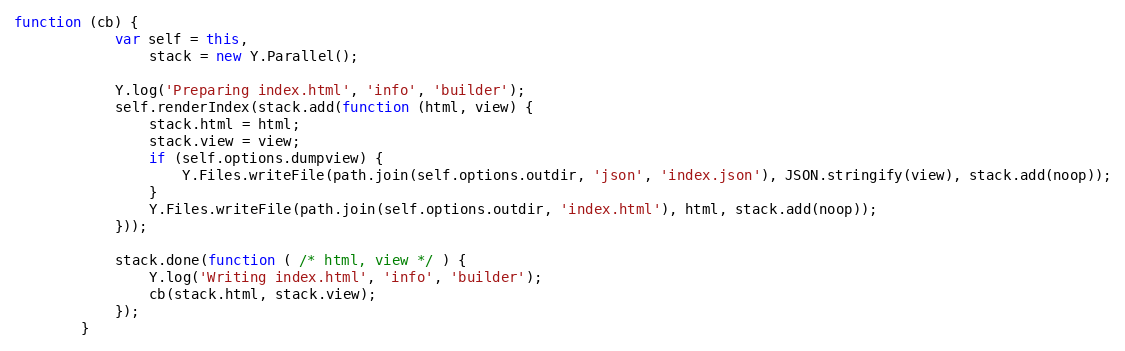
Language: JavaScript
function (cb) {
            var self = this,
                stack = new Y.Parallel();

            Y.log('Preparing index.html', 'info', 'builder');
            self.renderIndex(stack.add(function (html, view) {
                stack.html = html;
                stack.view = view;
                if (self.options.dumpview) {
                    Y.Files.writeFile(path.join(self.options.outdir, 'json', 'index.json'), JSON.stringify(view), stack.add(noop));
                }
                Y.Files.writeFile(path.join(self.options.outdir, 'index.html'), html, stack.add(noop));
            }));

            stack.done(function ( /* html, view */ ) {
                Y.log('Writing index.html', 'info', 'builder');
                cb(stack.html, stack.view);
            });
        }